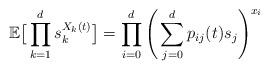
LaTeX: \begin{align*}\mathbb{E}\big [ \prod_{k=1}^ds_k^{X_k(t)}\big ] =\prod_{i=0}^d\Bigg (\sum_{j=0}^dp_{ij}(t)s_j\Bigg )^{x_i}\end{align*}